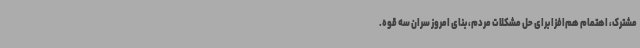
مشترک، اهتمام هم‌افزا برای حل مشکلات مردم، بنای امروز سران سه قوه.